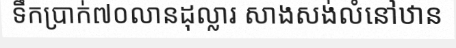
ទឹកប្រាក់៧០លានដុល្លារ សាងសង់លំនៅឋាន